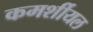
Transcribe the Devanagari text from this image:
कमर्शीयल